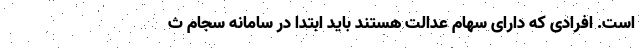
است. افرادی که دارای سهام عدالت هستند باید ابتدا در سامانه سجام ث